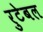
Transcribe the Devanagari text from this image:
रुटेबल